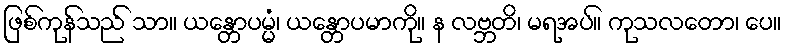
ဖြစ်ကုန်သည် သာ။ ယန္တောပမ္မံ၊ ယန္တောပမာကို။ န လဗ္ဘတိ၊ မရအပ်။ ကုသလတော၊ ပေ။